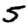
Digit: 5